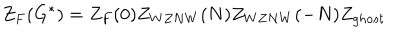
Z _ { F } ( G ^ { * } ) = Z _ { F } ( 0 ) Z _ { W Z N W } ( N ) Z _ { W Z N W } ( - N ) Z _ { g h o s t }